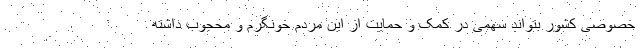
خصوصی کشور بتواند سهمی در کمک و حمایت از این مردم خونگرم و محجوب داشته